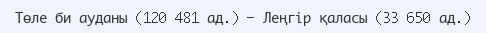
Төле би ауданы (120 481 ад.) — Леңгір қаласы (33 650 ад.)